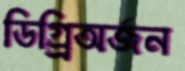
ডিগ্র্রিঅর্জন